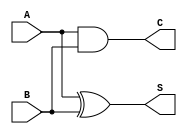
`timescale 1ns / 1ps
//////////////////////////////////////////////////////////////////////////////////
// Company: 
// Engineer: 
// 
// Design Name: 
// Module Name: half_adder
// Project Name: 
// Target Devices: 
// Tool Versions: 
// Description: 
// 
// Dependencies: 
// 
// Revision:
// Revision 0.01 - File Created
// Additional Comments:
// 
//////////////////////////////////////////////////////////////////////////////////


module half_adder(
    input A,
    input B,
    output S,
    output C
    );
    
    xor G1(S, A, B);
    and G2(C, A, B);
endmodule